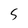
Character: 5